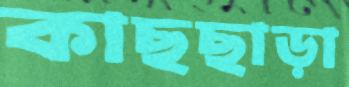
কাছছাড়া